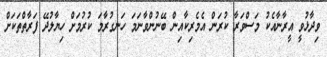
ވިދާޅުވީ އީރާނާއެކު މަސްވަރާ ކުރަން އެމެރިކާއިން ބޭނުންވާނަމަ ހަނގުރާމަ ކުރުމަށް ހިޔާލުދޭ ފަރާތްތަކަށް